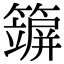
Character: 𥵪